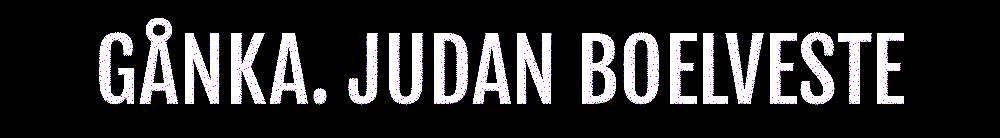
GÅNKA. JUDAN BOELVESTE